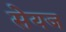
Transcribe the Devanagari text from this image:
सेयज